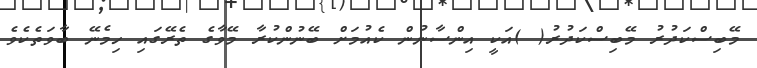
މޭބިސްކަދުރު މޭބިސްކަދުރު( )އަކީ އިންސާނުން ކެއުމަށް ބޭނުންކުރާ މޭވާގެ ތެރޭގައި ހިމެނޭ ބާވަތެކެވެ